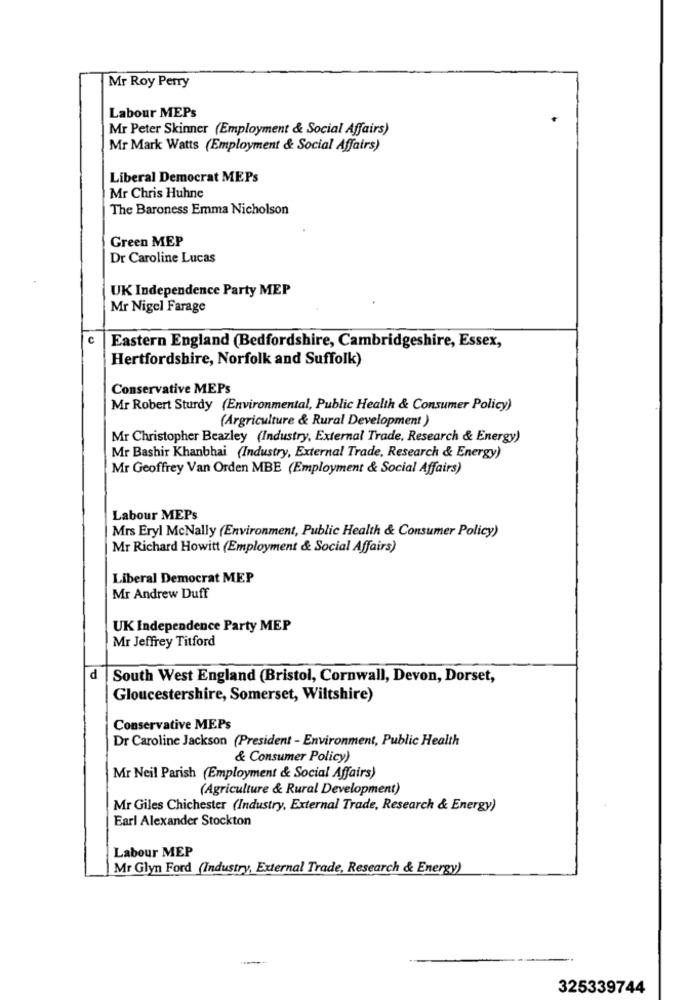
Mr Roy Perry
Labour MEPs
Mr Peter Skinner (Employment & Social Affairs)
Mr Mark Watts (Employment & Social Affairs)
Liberal Democrat MEPs
Mr Chris Huhne
The Baroness Emma Nicholson
Green MEP
Dr Caroline Lucas
UK Independence Party MEP
Mr Nigel Farage
C
Eastern England (Bedfordshire, Cambridgeshire, Essex,
Hertfordshire, Norfolk and Suffolk)
Conservative MEPs
Mr Robert Sturdy (Environmental, Public Health & Consumer Policy)
(Argriculture & Rural Development )
Mr Christopher Beazley (Industry, External Trade, Research & Energy)
Mr Bashir Khanbhai (Industry, External Trade, Research & Energy)
Mr Geoffrey Van Orden MBE (Employment & Social Affairs)
Labour MEPs
Mrs Eryl McNally (Environment, Public Health & Consumer Policy)
Mr Richard Howitt (Employment & Social Affairs)
Liberal Democrat MEP
Mr Andrew Duff
UK Independence Party MEP
Mr Jeffrey Titford
d
South West England (Bristol, Cornwall, Devon, Dorset,
Gloucestershire, Somerset, Wiltshire)
Conservative MEPs
Dr Caroline Jackson (President - Environment, Public Health
& Consumer Policy)
Mr Neil Parish (Employment & Social Affairs)
(Agriculture & Rural Development)
Mr Giles Chichester (Industry, External Trade, Research & Energy)
Earl Alexander Stockton
Labour MEP
Mr Glyn Ford (Industry, External Trade, Research & Energy)
325339744